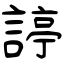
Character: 諪